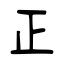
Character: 正